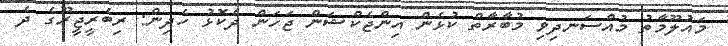
މައުލޫމާތު މުއްސަނދިވި މުބާރާތް ކުޅެން އިންޖެކްޝަން ޖަހަން ދެކޮޅު ހެދިން: ރިބެރީޖީރޫގެ ދެ